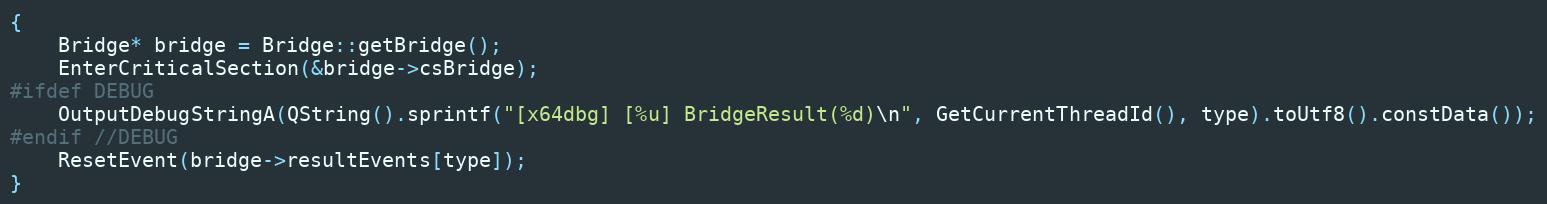
Language: C++
{
    Bridge* bridge = Bridge::getBridge();
    EnterCriticalSection(&bridge->csBridge);
#ifdef DEBUG
    OutputDebugStringA(QString().sprintf("[x64dbg] [%u] BridgeResult(%d)\n", GetCurrentThreadId(), type).toUtf8().constData());
#endif //DEBUG
    ResetEvent(bridge->resultEvents[type]);
}